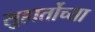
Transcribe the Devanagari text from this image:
सुहार्तोच्या